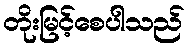
တိုးမြင့်စေပါသည်